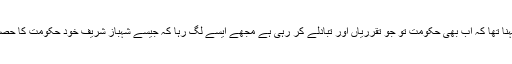
انکا کہنا تھا کہ اب بھی حکومت تو جو تقرریاں اور تبادلے کر رہی ہے مجھے ایسے لگ رہا کہ جیسے شہباز شریف خود حکومت کا حصہ ہیں۔